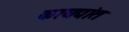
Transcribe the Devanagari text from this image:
कायद्यांत